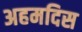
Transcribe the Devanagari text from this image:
अहमदिस